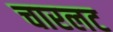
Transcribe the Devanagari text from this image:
चारलट